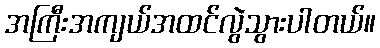
အကြီးအကျယ်အထင်လွဲသွားပါတယ်။